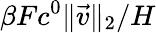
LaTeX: \beta Fc^{0}\| \vec{v}\| _{2}/H